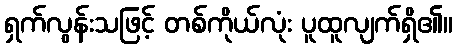
ရှက်လွန်းသဖြင့် တစ်ကိုယ်လုံး ပူထူလျက်ရှိ၏။